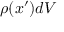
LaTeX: \rho ( { \boldsymbol { x } } ^ { \prime } ) d V